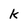
Character: k